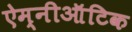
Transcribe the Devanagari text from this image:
ऐम्नीऑटिक